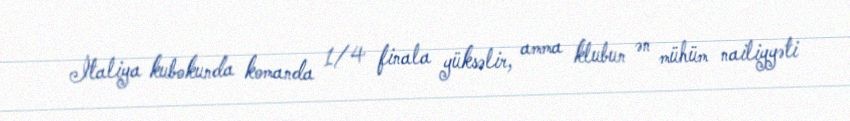
İtaliya kubokunda komanda 1/4 finala yüksəlir, amma klubun ən mühüm nailiyyəti